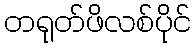
တရုတ်ဖိလစ်ပိုင်